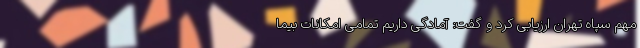
مهم سپاه تهران ارزیابی کرد و گفت: آمادگی داریم تمامی امکانات بیما